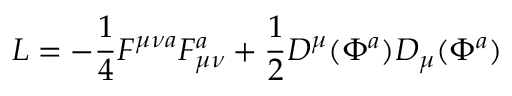
{ \cal L } = - { \frac { 1 } { 4 } } F ^ { \mu \nu a } F _ { \mu \nu } ^ { a } + { \frac { 1 } { 2 } } D ^ { \mu } ( \Phi ^ { a } ) D _ { \mu } ( \Phi ^ { a } )